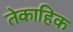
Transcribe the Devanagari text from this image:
तेकाहिक